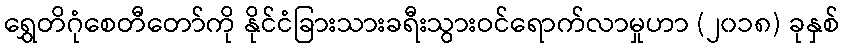
ရွှေတိဂုံစေတီတော်ကို နိုင်ငံခြားသားခရီးသွားဝင်ရောက်လာမှုဟာ (၂၀၁၈) ခုနှစ်